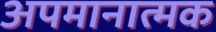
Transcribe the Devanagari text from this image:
अपमानात्मक